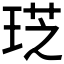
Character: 𤦧